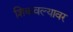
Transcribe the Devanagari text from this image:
शिकवल्यावर